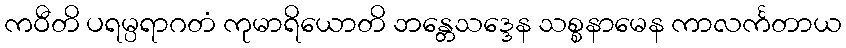
ကဝီတိ ပရမ္ပရာဂတံ ကုမာရိယောတိ ဘန္တေသဒ္ဒေန သစ္စနာမေန ကာလင်္ကတာယ